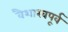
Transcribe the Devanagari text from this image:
वैशाखपूर्व